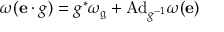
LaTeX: \omega ( { \mathbf { e } } \cdot g ) = g ^ { * } \omega _ { \mathfrak { g } } + { \mathrm { A d } } _ { g ^ { - 1 } } \omega ( \mathbf { e } )